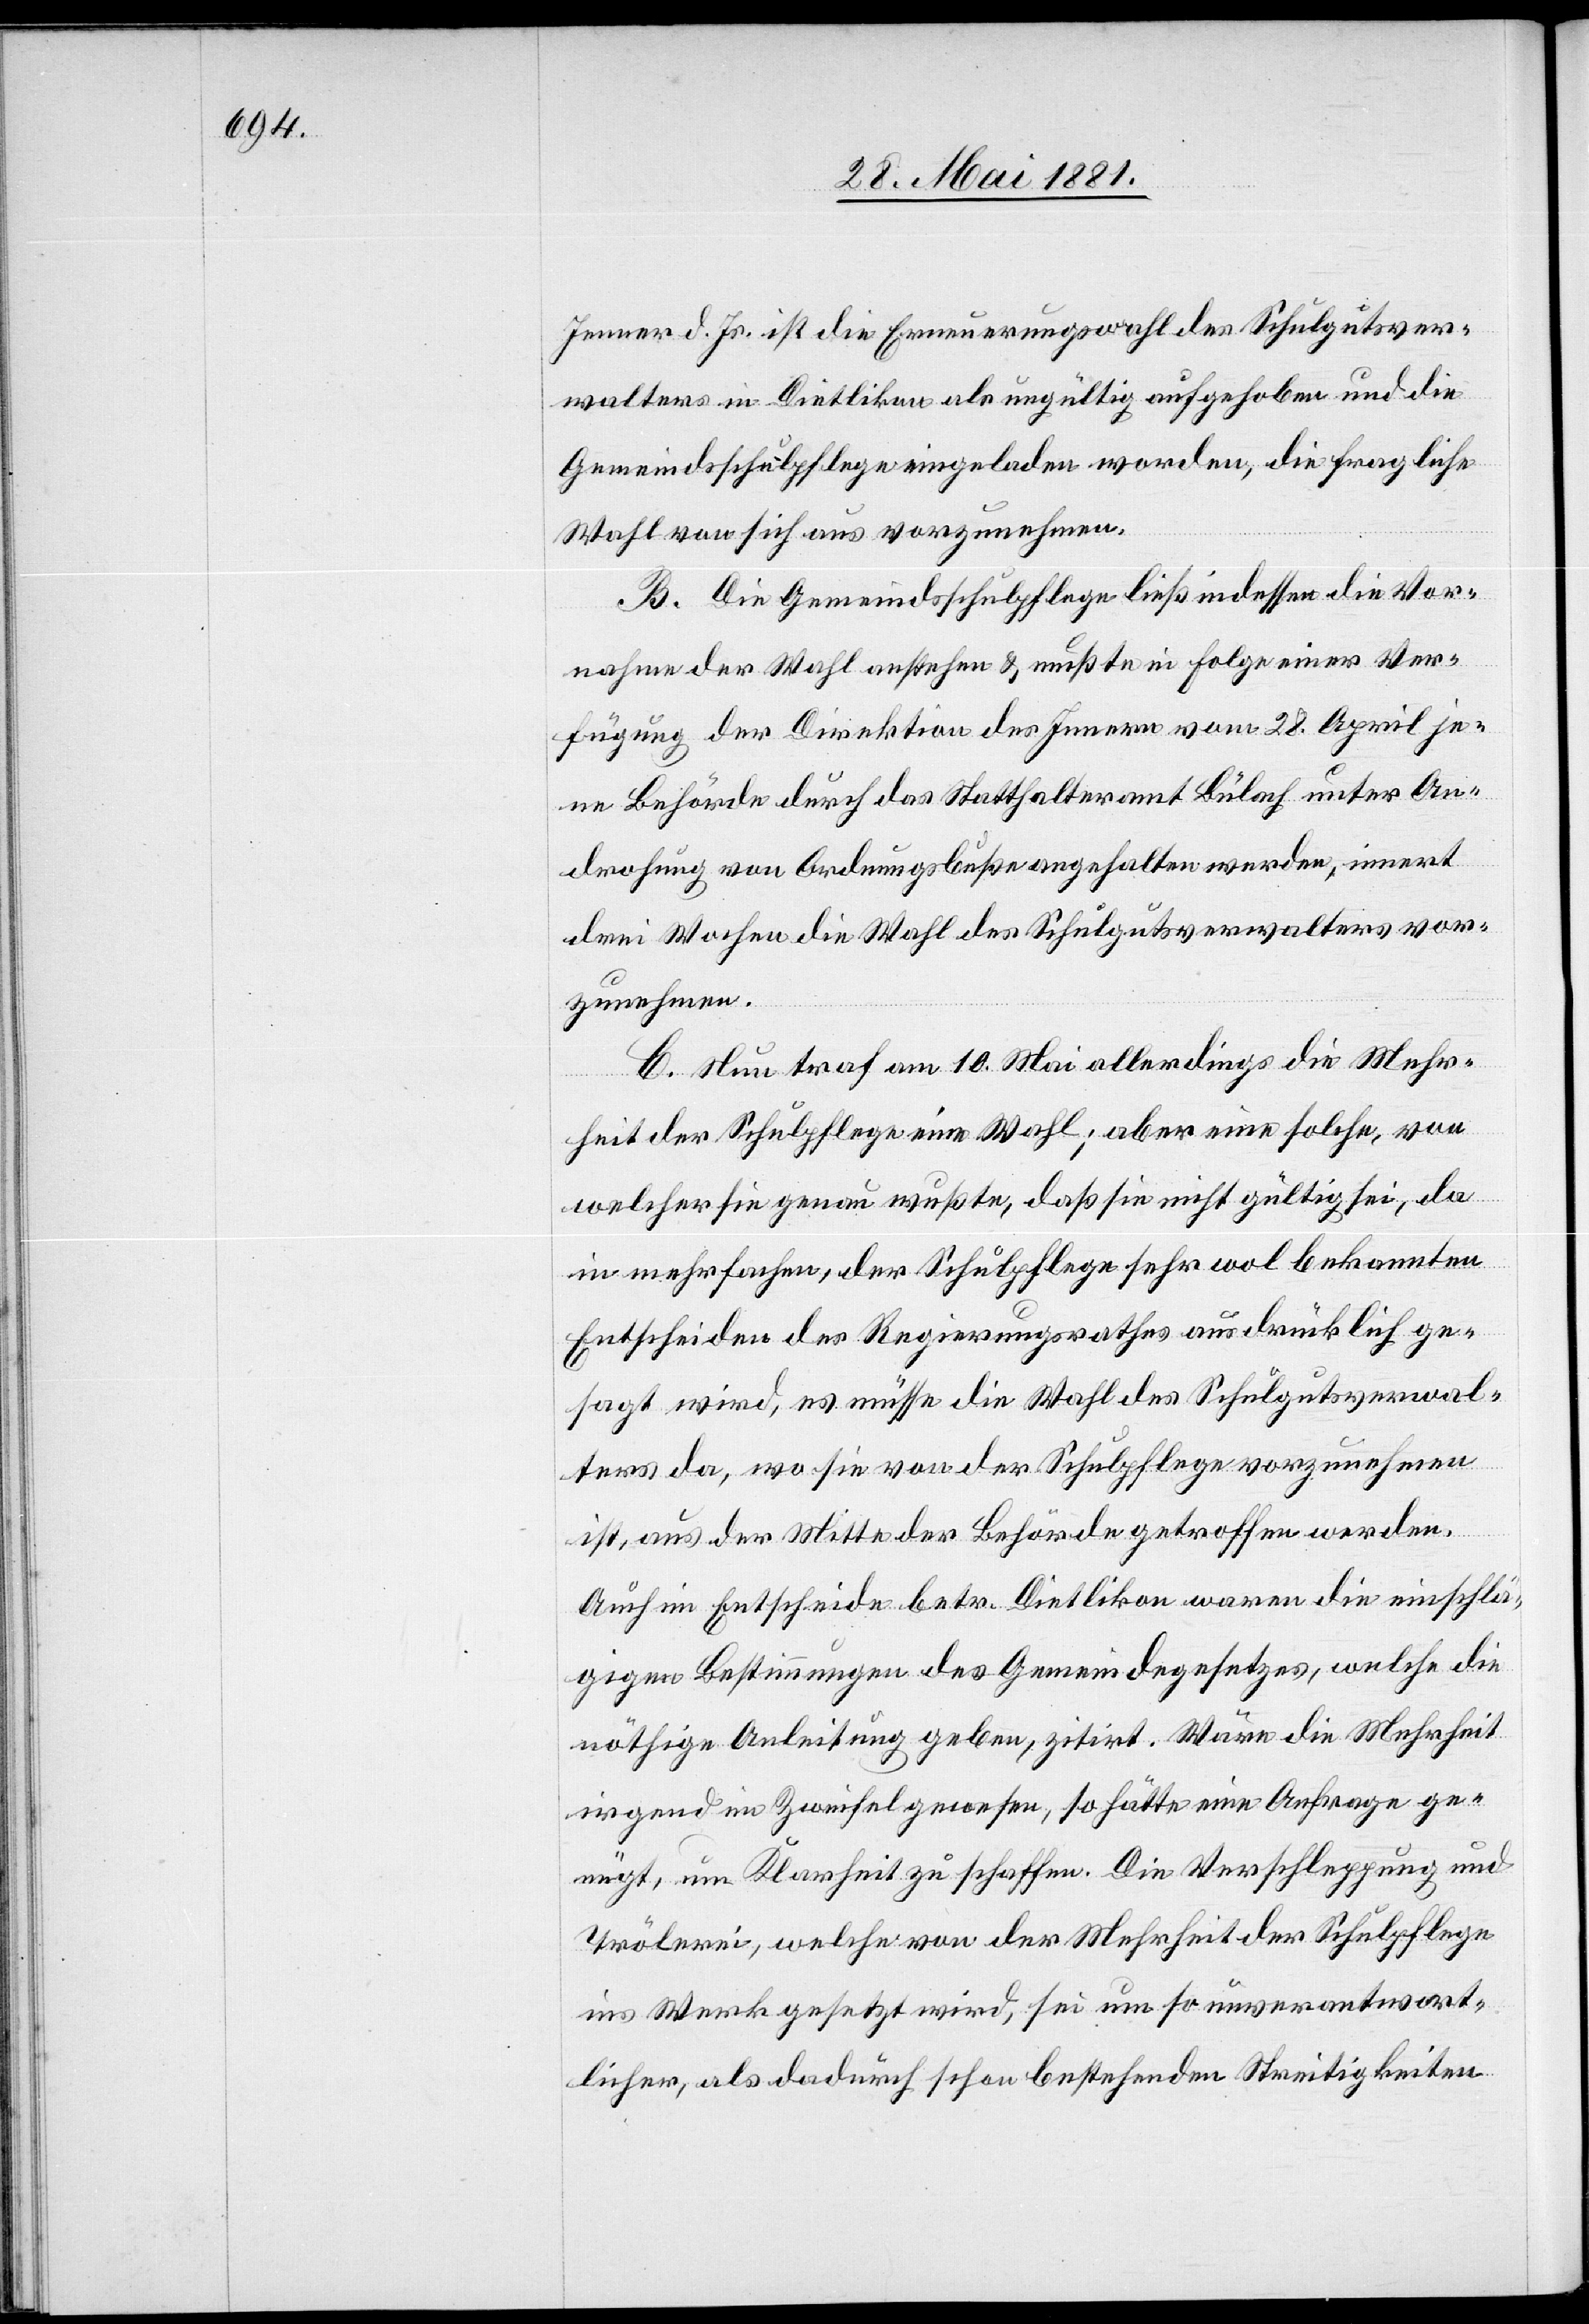
Jenner d. Js. ist die Erneuerungswahl des Schulgutsver¬
walters in Dietlikon als ungültig aufgehoben und die
Gemeindsschulpflege eingeladen worden, die fragliche
Wahl von sich aus vorzunehmen.
B. Die Gemeindsschulpflege ließ indessen die Vor¬
nahme der Wahl anstehen & mußte in Folge einer Ver¬
fügung der Direktion des Innern vom 28. April je¬
ne Behörde durch das Statthalteramt Bülach unter An¬
drohung von Ordnungsbuße angehalten werden, innert
drei Wochen die Wahl des Schulgutsverwalters vor¬
zunehmen.
C. Neu traf am 10. Mai allerdings die Mehr¬
heit der Schulpflege eine Wahl; aber eine solche, von
welcher sie genau wußte, daß sie nicht gültig sei, da
in mehrfachen, der Schulpflege sehr wol bekannten
Entscheiden des Regierungsrathes ausdrücklich ge¬
sagt wird, es müsse die Wahl des Schulgutsverwal¬
ters da, wo sie von der Schulpflege vorzunehmen
ist, aus der Mitte der Behörde getroffen werden.
Auch im Entscheid betr. Dietlikon waren die einschlä¬
gigen Bestimmungen des Gemeindegesetzes, welche die
nöthige Anleitung geben, zitirt. Wäre die Mehrheit
irgend im Zweifel gewesen, so hätte eine Anfrage ge¬
nügt, um Klarheit zu schaffen. Die Verschleppung und
Trölerei, welche von der Mehrheit der Schulpflege
ins Werke gesetzt wird, sei um so unverantwort¬
licher, als dadurch schon bestehenden Streitigkeiten